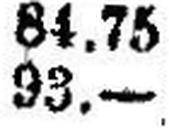
93.—